Report on vaccination in the Province of Bengal - 1874-1889
Year: 1874
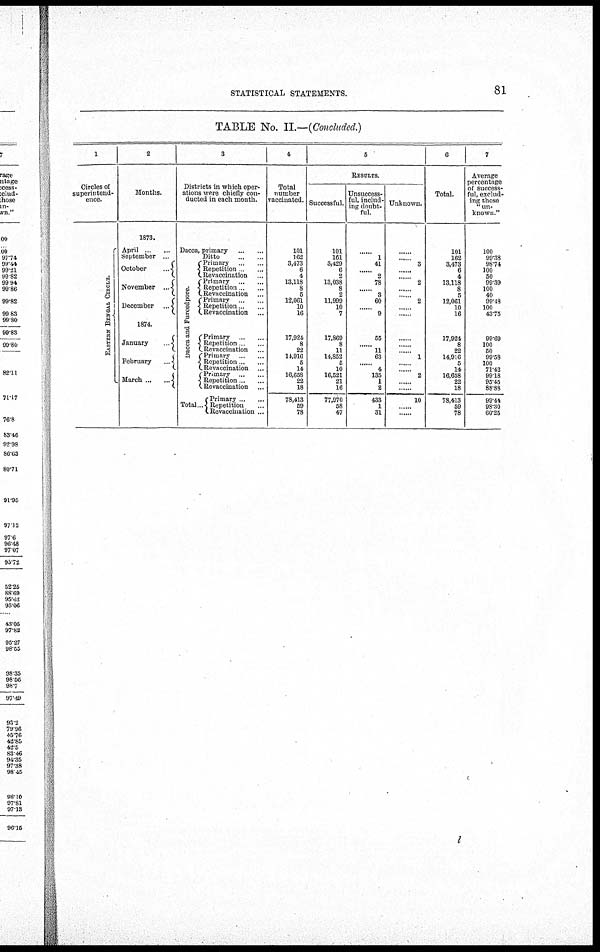
STATISTICAL STATEMENTS.
81
TABLE No. II.—(Concluded.)
1
Circles of
superintend-
ence.
EASTERN BENGAL CIRCLE.
2
Months.
1873.
April ...
September ...
October ...
November
...
December ...
1874.
January
...
February
...
March ... ...
3
Districts in which oper-
ations were chiefly con-
ducted in each month.
Dacca, primary
...
...
Ditto ... ...
Dacca and Fureedpore.
Total..
Primary ..
Repetition . ...
Revaccination ...
Primary
...
...
Repetition ... ...
Revaccination ...
Primary ... ...
Repetition... ...
Revaccination ...
Primary
...
...
Repetition ... ...
Revaccination ... ...
Primary
...
...
Repetition ... ...
Revaccination ...
Primary ... ...
Repetition ... ...
Revaccination ...
Primary ... ...
Repetition ... ...
Revaccination ...
4
Total
number
vaccinated.
101
162
3,473
6
4
13,118
8
5
12,061
10
16
17,924
8
22
14,916
5
14
16,658
22
18
78,413
59
78
5
RESULTS.
Successful.
101
161
3,429
6
2
13,038
8
2
11,999
10
7
17,869
8
11
14,852
5
10
16,521
21
16
77,970
58
47
Unsuccess-
ful, includ-
ing doubt-
ful.
......
1
41
......
2
78
......
3
60
......
9
55
......
11
63
......
4
135
1
2
433
1
31
Unknown.
......
.... 3
......
......
2
......
......
2
......
......
......
......
......
1
......
......
2
......
......
10
......
......
6
Total.
101
162
3,473
6
4
13,118
8
5
12,061
10
16
17,924
8
22
14,916
5
14
16,658
22
18
78,413
59
78
7
Average
percentage
of success-
ful, exclud-
ing those
"un-
known."
100
99.38
98.74
100
50
99.39
100
40
99.48
100
43.75
99.69
100
50
99.58
100
71.42
99.18
95.45
88.88
99.44
98.30
60.25